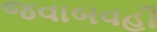
જવાબવહી